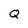
Character: Q